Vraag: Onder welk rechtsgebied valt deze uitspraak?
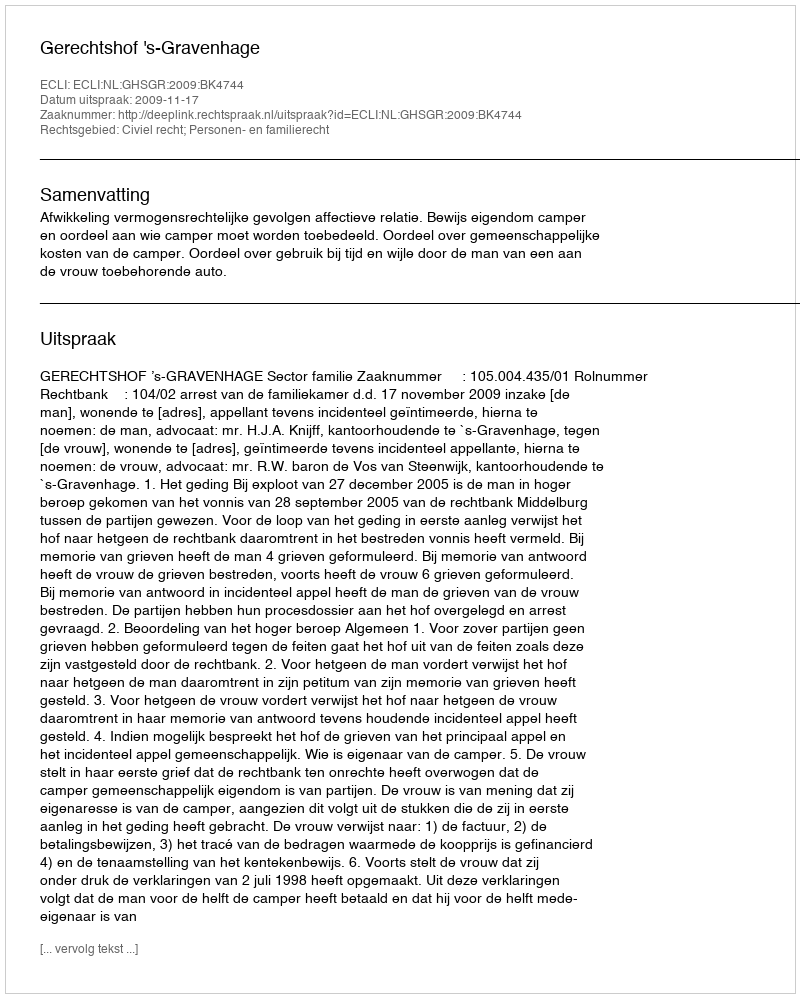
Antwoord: Civiel recht; Personen- en familierecht